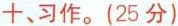
十、习作。(25分)